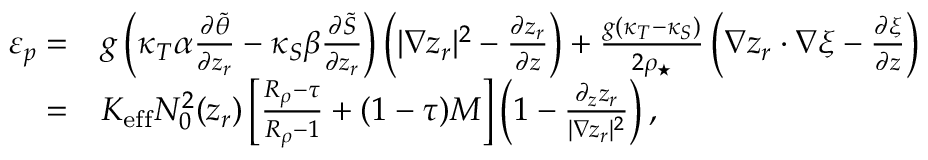
\begin{array} { r l } { \varepsilon _ { p } = } & { g \left( \kappa _ { T } \alpha \frac { \partial \tilde { \theta } } { \partial z _ { r } } - \kappa _ { S } \beta \frac { \partial \tilde { S } } { \partial z _ { r } } \right) \left( | \nabla z _ { r } | ^ { 2 } - \frac { \partial z _ { r } } { \partial z } \right) + \frac { g ( \kappa _ { T } - \kappa _ { S } ) } { 2 \rho _ { \star } } \left( \nabla z _ { r } \cdot \nabla \xi - \frac { \partial \xi } { \partial z } \right) } \\ { = } & { K _ { \mathrm { e f f } } N _ { 0 } ^ { 2 } ( z _ { r } ) \left[ \frac { R _ { \rho } - \tau } { R _ { \rho } - 1 } + ( 1 - \tau ) { \cal M } \right] \left( 1 - \frac { \partial _ { z } z _ { r } } { | \nabla z _ { r } | ^ { 2 } } \right) , } \end{array}